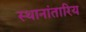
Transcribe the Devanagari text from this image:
स्थानांतारिय